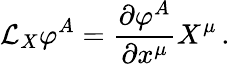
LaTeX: {\mathcal{L}}_{X}\varphi^{A}={\frac{\partial\varphi^{A}}{\partial x^{\mu}}}X^{\mu}\, .